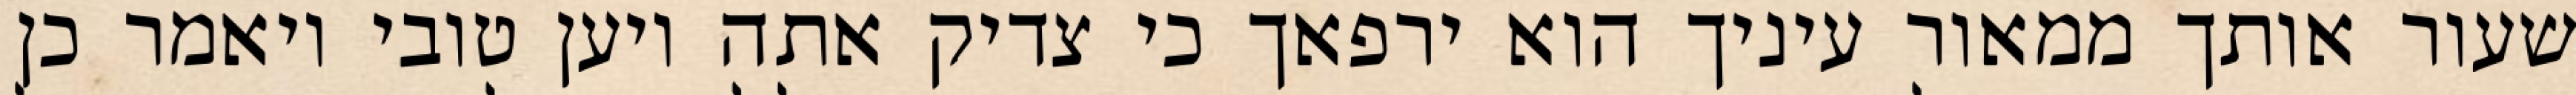
שעור אותך ממאור עיניך הוא ירפאך כי צדיק אתה ויען טובי ויאמר כן